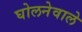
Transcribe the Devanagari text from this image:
घोलनेवाले